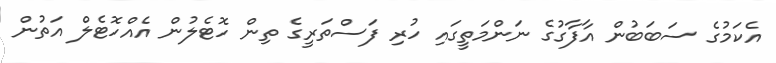
އެކަމުގެ ސަބަބުން އާފާގުގެ ނަންމަތީގައި ހުރި ފަސްތަރީގެ ތިން ހޮޓެލުން އެއްހޮޓެލް އަތުން